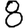
Digit: 8